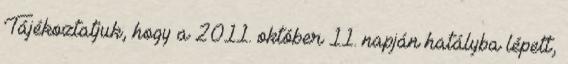
Tájékoztatjuk, hogy a 2011. október 11. napján hatályba lépett,